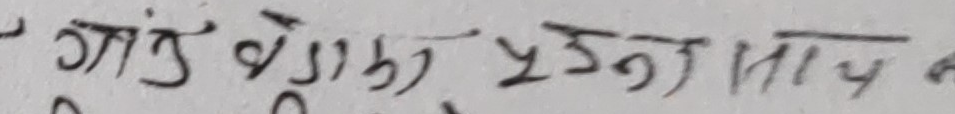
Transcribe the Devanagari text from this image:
गाउँ वैशाख १३ गते मात्र